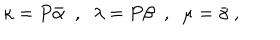
\kappa = P { \bar { \alpha } } \; \; , \; \; \lambda = P \beta \; \; , \; \; \mu = { \bar { \gamma } } \; ,